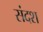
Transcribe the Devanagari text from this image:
संदश